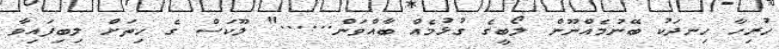
ހުރިހާ ހިނދަކު ބޭނުމެއްނޫން ލޯބީގެ ގުޅުމެއް ބާއްވަން......" ލޫކަސް ގެ ހިތަށް ލިބިފައިވާ